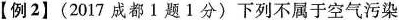
【例2】(2017成都Ⅰ题1分)下列不属于空气污染